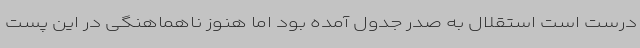
درست است استقلال به صدر جدول آمده بود اما هنوز ناهماهنگی در این پست